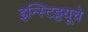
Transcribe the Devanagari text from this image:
इन्स्टिट्टयूचे